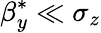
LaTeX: \beta_{y}^{*}\ll\sigma_{z}